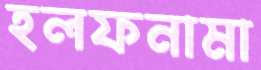
হলফনামা